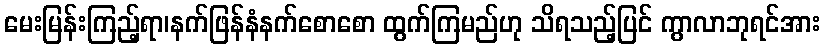
မေးမြန်းကြည့်ရာ၊နက်ဖြန်နံနက်စောစော ထွက်ကြမည်ဟု သိရသည့်ပြင် ကွာလာဘုရင်အား